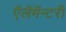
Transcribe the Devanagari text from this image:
ऍलॅमॅन्टरी